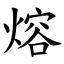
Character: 熔